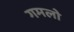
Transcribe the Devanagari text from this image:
गमलो